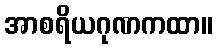
အာစရိယဂုဏကထာ။